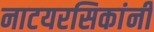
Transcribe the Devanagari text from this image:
नाटयरसिकांनी